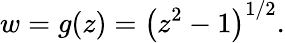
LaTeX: w=g(z)=\left(z^{2}-1\right)^{1/2}.